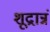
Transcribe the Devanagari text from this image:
शूद्रान्नं